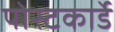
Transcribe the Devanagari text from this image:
पोस्टकार्डे